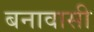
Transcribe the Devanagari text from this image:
बनावासी